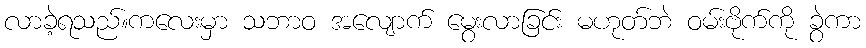
လာခဲ့ရသည်။ကလေးမှာ သဘာဝ အလျောက် မွေးလာခြင်း မဟုတ်ဘဲ ဝမ်းဗိုက်ကို ခွဲကာ